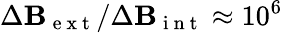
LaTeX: \Delta\mathbf{B}_{\mathrm{{~e~x~t~}}}/\Delta\mathbf{B}_{\mathrm{{~i~n~t~}}}\approx10^{6}